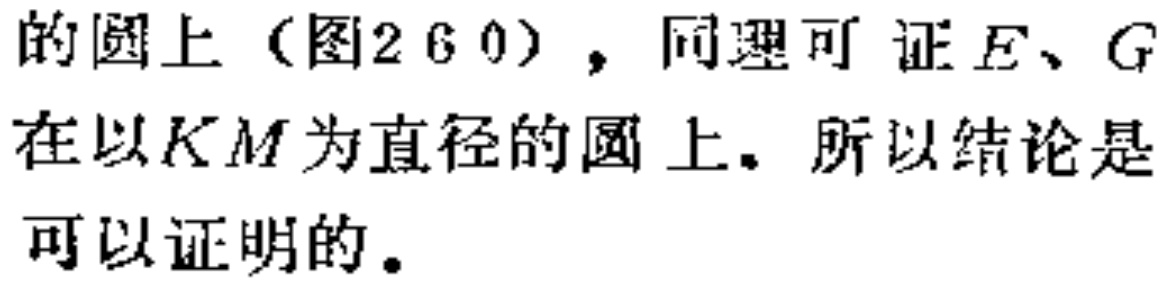
的圆上（图2 6 0），同理可证\(E、G\)在以\(KM\)为直径的圆上。所以结论是可以证明的。